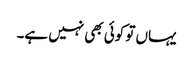
یہاں تو کوئی بھی نہیں ہے۔